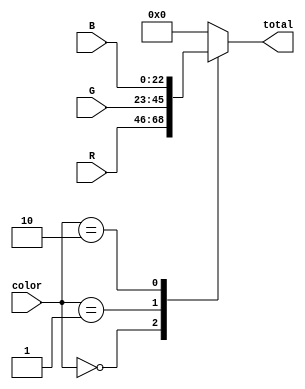
`timescale 1ns/10ps
module color_mux(total,R,G,B,color);

input[1:0] color;
input[22:0] R,G,B;

output[22:0] total;
reg[22:0] total;

always@(*)
begin
  case(color)
    2'b00:
	   total<=R;
	 2'b01:
	   total<=G;
	 2'b10:
	   total<=B;
	 default:
	   total<=23'b0;
  endcase
end

endmodule